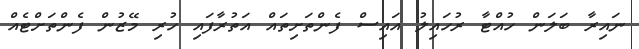
ނައިރާ ބަލަން ހުއްޓާ ރުހައިލު އައިސް ފެންތަށިތައް އަތުރާފައި ހުރި މޭޒުން ފެންތަށްޓެއް